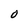
Character: O